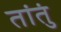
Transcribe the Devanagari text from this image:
तांतुं